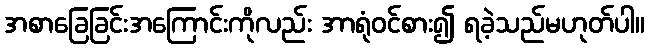
အစာခြေခြင်းအကြောင်းကိုလည်း အာရုံဝင်စား၍ ရခဲ့သည်မဟုတ်ပါ။